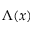
\Lambda ( x )